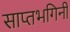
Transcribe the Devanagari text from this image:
साप्तभगिनी